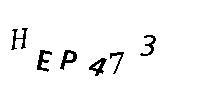
HEP473